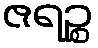
ဇရဉ္စ